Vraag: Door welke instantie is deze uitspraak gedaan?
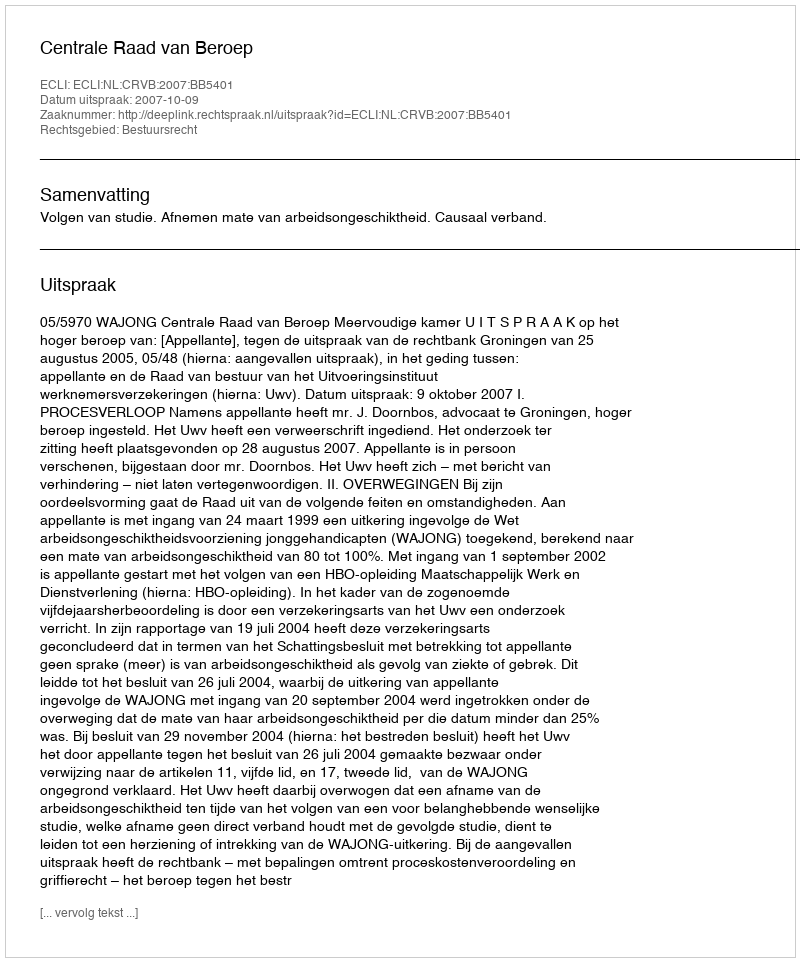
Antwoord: Centrale Raad van Beroep